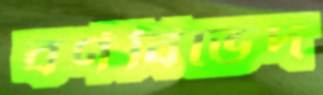
বর্ণবিভেদ